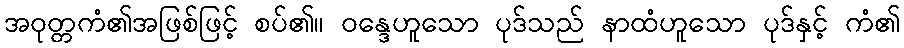
အဝုတ္တကံ၏အဖြစ်ဖြင့် စပ်၏။ ဝန္ဒေဟူသော ပုဒ်သည် နာထံဟူသော ပုဒ်နှင့် ကံ၏